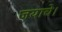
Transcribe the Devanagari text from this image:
जयाचे।